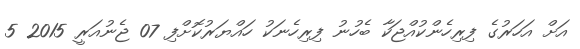
އަށް އަހަރުގެ ފިރިހެންކުއްޖަކާ ބެހުނު ފިރިހެނަކު ހައްޔަރުކޮށްފި 07 ޖެނުއަރީ 2015 5